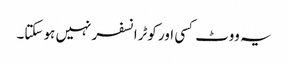
یہ ووٹ کسی اور کوٹرانسفر نہیں ہو سکتا۔